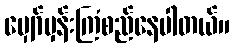
မျှော်မှန်းကြံစည်နေပါတယ်။